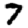
Digit: 7